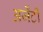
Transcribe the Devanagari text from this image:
अर्जेंटी